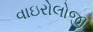
વાઇરોલોજી